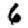
Digit: 6